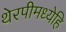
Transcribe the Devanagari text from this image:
थेरपीमध्येहि